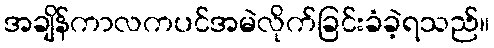
အချိန်ကာလကပင်အမဲလိုက်ခြင်းခံခဲ့ရသည်။